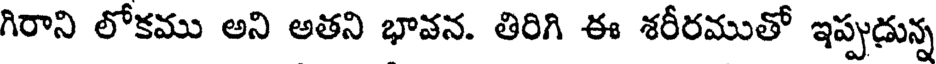
గిరాని లోకము అని అతని భావన. తిరిగి ఈ శరీరముతో ఇప్పుడున్న